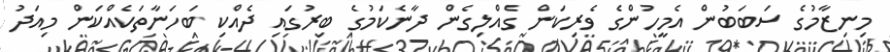
މިނިޒާމުގެ ސަބަބުން އެމީހުންގެ ވެރިކަން ގެއްލިގެން ދާނެކަމުގެ ބިރުގައި ދެއްކި ބަހަނާތަކެއްކަން މިއަދު